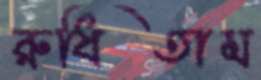
রুধিতাম